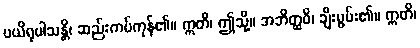
ပယိရုပါသန္တိ၊ ဆည်းကပ်ကုန်၏။ ဣတိ၊ ဤသို့။ အဘိတ္ထဝိ၊ ချီးမွမ်း၏။ ဣတိ၊